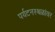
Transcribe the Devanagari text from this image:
पर्यटनस्थळांवर